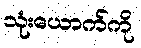
သုံးယောက်ကို